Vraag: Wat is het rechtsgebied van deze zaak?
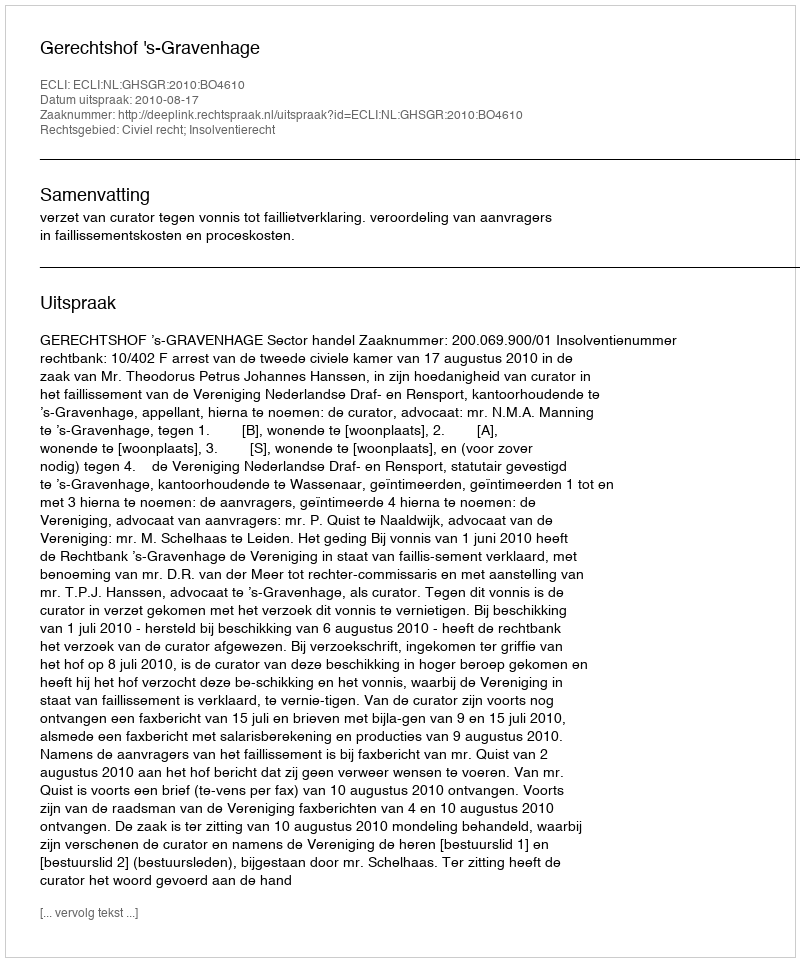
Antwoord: Civiel recht; Insolventierecht